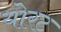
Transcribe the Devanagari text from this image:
योरट